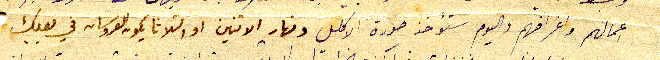
اعمالهم واغراضهم واليوم ستؤخذ صورة الاكليل ونهار الاثنين او الثلاثا يكون العروسان في بعلبك